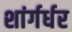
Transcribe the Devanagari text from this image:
शांर्गर्धर